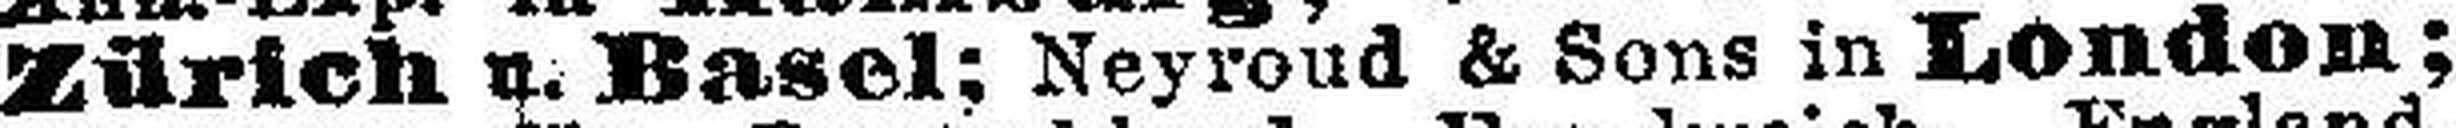
Zürich n. Basel: Neyroud & Sons in London;